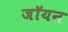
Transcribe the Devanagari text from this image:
जॉयन